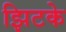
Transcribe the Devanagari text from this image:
झिटके